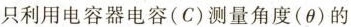
只利用电容器电容(C)测量角度(θ)的